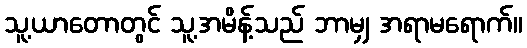
သူ့ယာတောတွင် သူ့အမိန့်သည် ဘာမျှ အရာမရောက်။